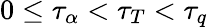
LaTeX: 0\leq\tau_{\alpha}<\tau_{T}<\tau_{q}